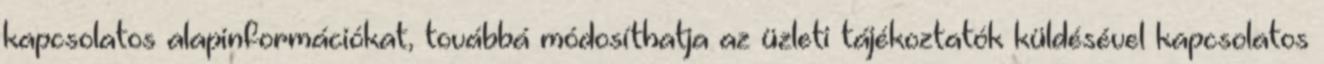
kapcsolatos alapinformációkat, továbbá módosíthatja az üzleti tájékoztatók küldésével kapcsolatos